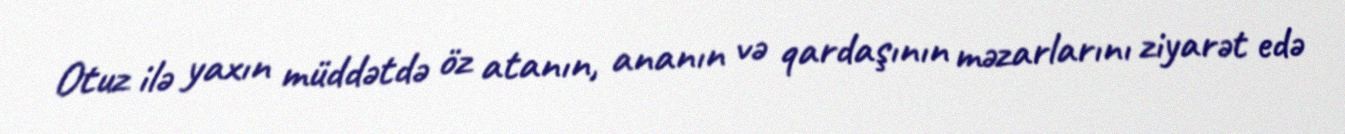
Otuz ilə yaxın müddətdə öz atanın, ananın və qardaşının məzarlarını ziyarət edə